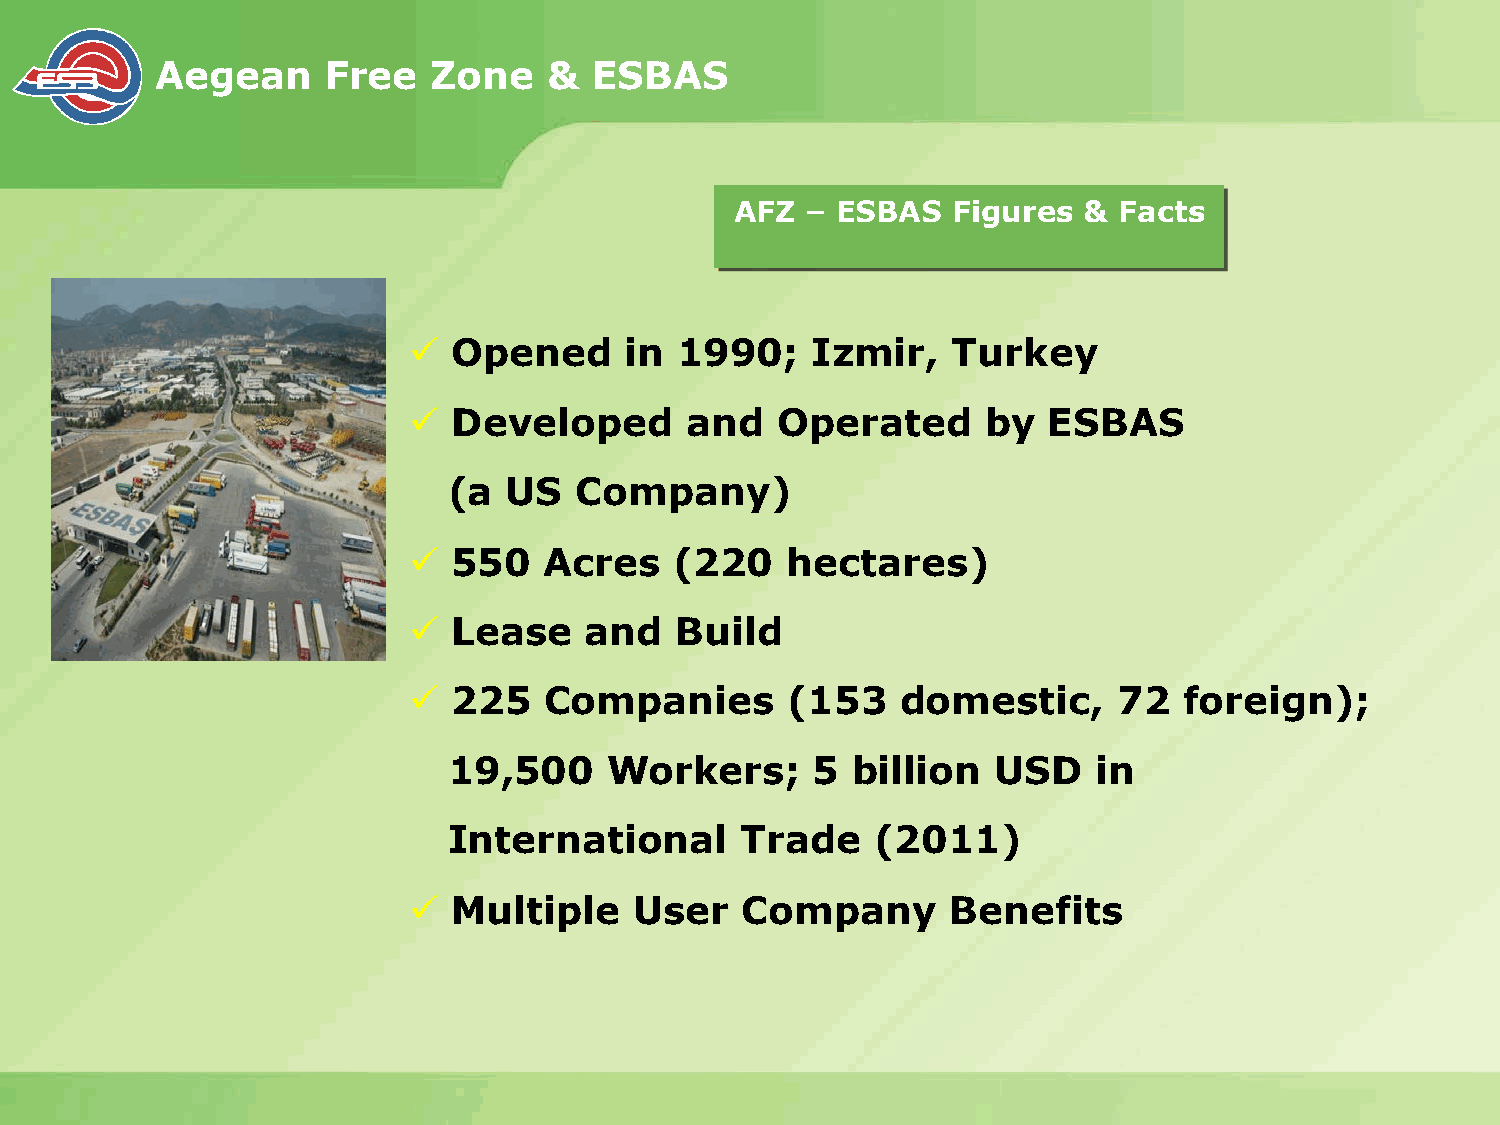
Aegean      Free   Zone   &  ESBAS
 AFZ – ESBAS   Figures  & Facts
 ü  Opened     in  1990;    Izmir,   Turkey
 ü  Developed      and   Operated      by  ESBAS
 (a US   Company)
 ü  550   Acres    (220   hectares)
 ü  Lease    and   Build
 ü  225   Companies       (153    domestic,     72  foreign);
 19,500    Workers;      5 billion   USD    in
 International      Trade    (2011)
 ü  Multiple    User   Company       Benefits